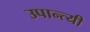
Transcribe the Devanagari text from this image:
उपान्त्यी